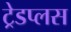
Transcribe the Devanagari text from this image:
ट्रेडप्लस